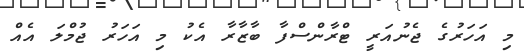
މި އަހަރުގެ ޖެނުއަރީ ޓްރާންސްފާ ބާޒާރާ އެކު މި އަހަރު ޖުމްލަ އެއް